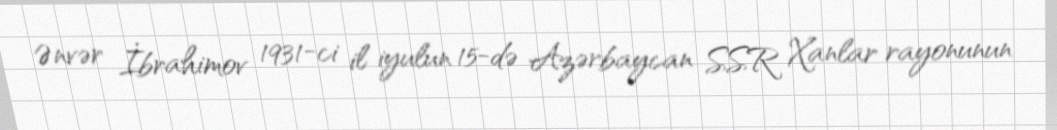
Ənvər İbrahimov 1931-ci il iyulun 15-də Azərbaycan SSR Xanlar rayonunun